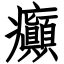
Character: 癲